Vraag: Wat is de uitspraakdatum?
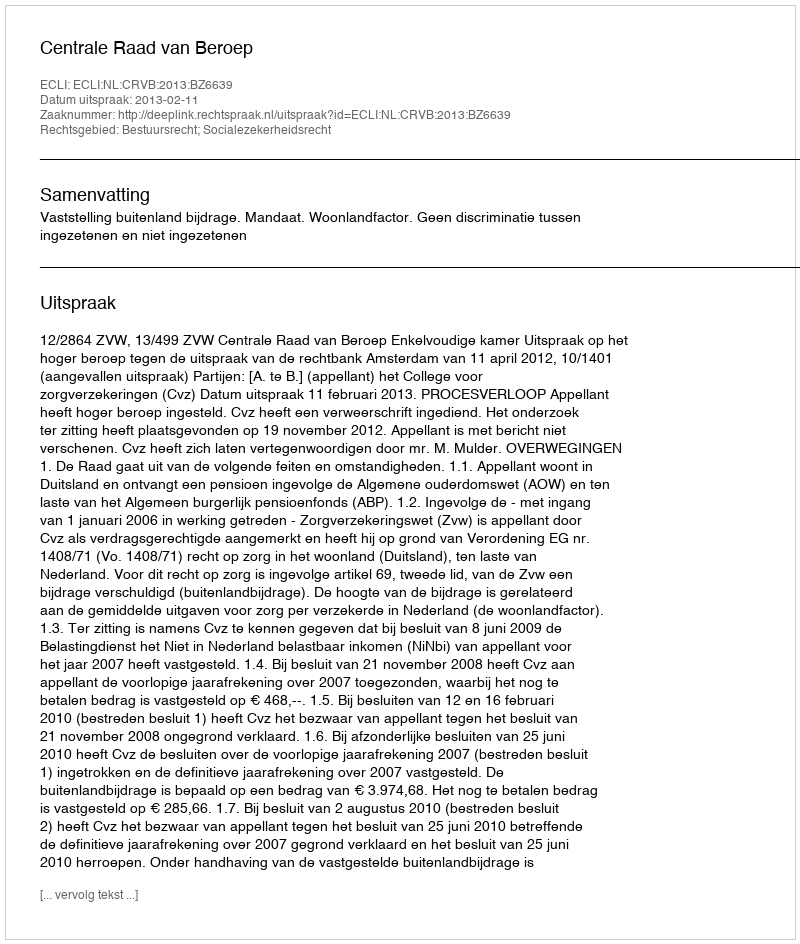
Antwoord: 2013-02-11